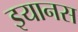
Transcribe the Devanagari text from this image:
इयानस